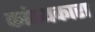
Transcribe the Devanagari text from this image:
कांस्यकारा